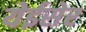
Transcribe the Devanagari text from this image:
येईसेर